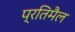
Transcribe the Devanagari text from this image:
प्रतिमैल